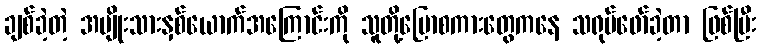
ချစ်ခဲ့တဲ့ အမျိုးသားနှစ်ယောက်အကြောင်းကို သူတို့ပြောစကားတွေကနေ သရုပ်ဖော်ခဲ့တာ ဖြစ်ပြီး